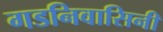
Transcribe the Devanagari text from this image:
गडनिवासिनी